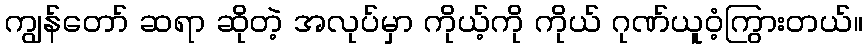
ကျွန်တော် ဆရာ ဆိုတဲ့ အလုပ်မှာ ကိုယ့်ကို ကိုယ် ဂုဏ်ယူဝံ့ကြွားတယ်။